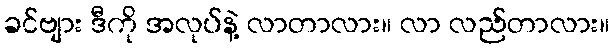
ခင်ဗျား ဒီကို အလုပ်နဲ့ လာတာလား။ လာ လည်တာလား။